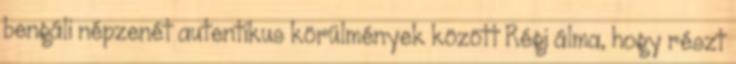
bengáli népzenét autentikus körülmények között Régi álma, hogy részt